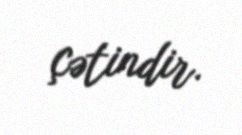
çətindir.